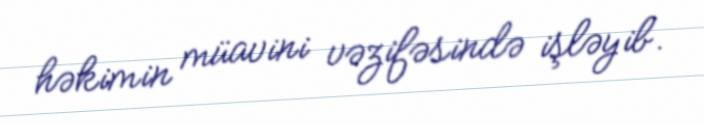
həkimin müavini vəzifəsində işləyib.